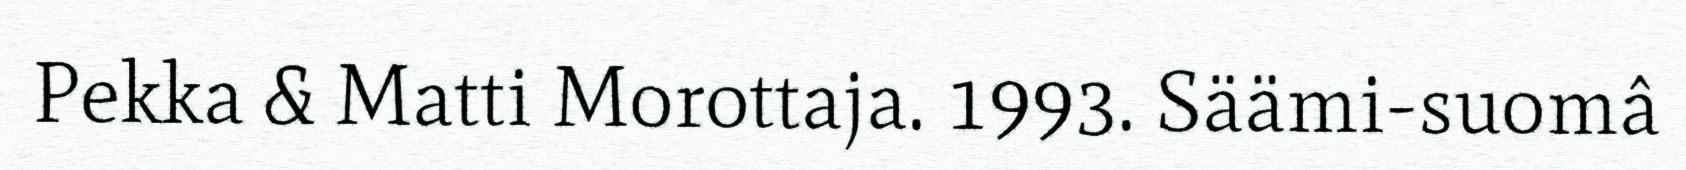
Pekka & Matti Morottaja. 1993. Säämi-suomâ